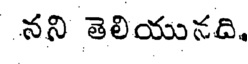
నని తెలియునది.